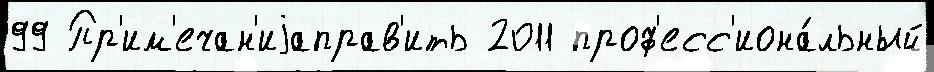
99 Пр'им'ечан'иjаправ'ить 2011 проф'есс'иона́льный